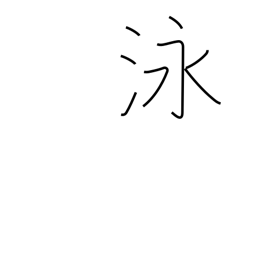
Meaning: swim